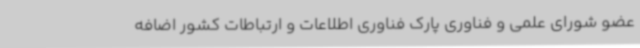
عضو شورای علمی و فناوری پارک فناوری اطلاعات و ارتباطات کشور اضافه